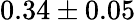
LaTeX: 0.34\pm 0.05